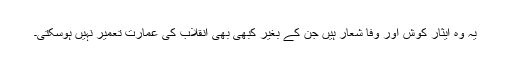
یہ وہ ایثار کوش اور وفا شعار ہیں جن کے بغیر کبھی بھی انقلاب کی عمارت تعمیر نہیں ہوسکتی۔